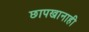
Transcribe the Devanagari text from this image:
छापखानाही